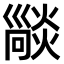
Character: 𤏕